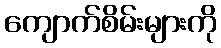
ကျောက်စိမ်းများကို